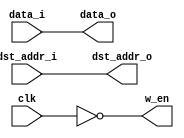
module WB (dst_addr_i,
           data_i,
           clk,
           dst_addr_o,
           data_o,
           w_en);
    
    parameter ADDR_LEN  = 5;
    parameter WORD_SIZE = 32;
    
    input [ADDR_LEN-1:0]dst_addr_i;
    input [WORD_SIZE-1:0]data_i;
    input clk;
    
    output [ADDR_LEN-1:0]dst_addr_o;
    output [WORD_SIZE-1:0]data_o;
    output w_en;
    
    reg [ADDR_LEN-1:0]dst_addr_out;
    reg [WORD_SIZE-1:0]data_out;
    reg memory_write_mod;
    
    assign dst_addr_o = dst_addr_out;
    assign data_o     = data_out;
    assign w_en       = memory_write_mod;
    
    always @(*)
    begin
        dst_addr_out     <= dst_addr_i;
        data_out         <= data_i;
        memory_write_mod <= !clk;
    end
    
    initial
        $monitor($time, "\t [WB] dst_addr_i = %d, data_i = %b, dst_addr_o = %d, data_o = %b, w_en = %b", dst_addr_i, data_i, dst_addr_o, data_o, w_en);
    
endmodule